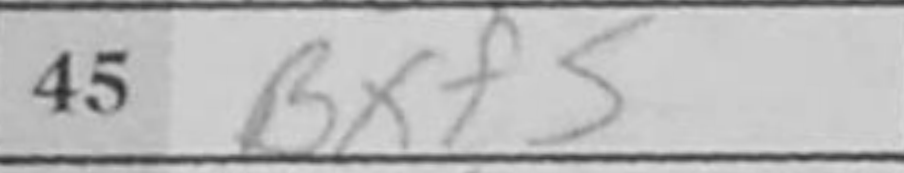
Transcription: Bxf5